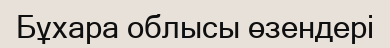
Бұхара облысы өзендері